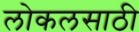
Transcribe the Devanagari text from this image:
लोकलसाठी